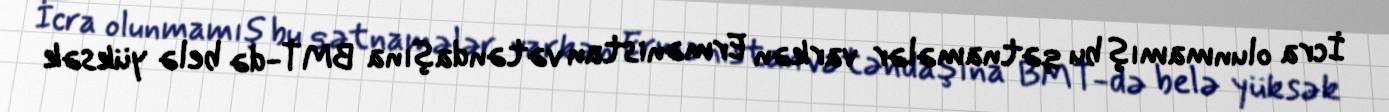
İcra olunmamış bu qətnamələr varkən Ermənistan vətəndaşına BMT-də belə yüksək